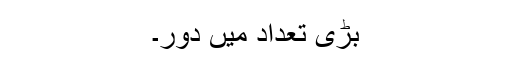
بڑی تعداد میں دور۔